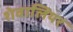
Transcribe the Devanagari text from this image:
शेवालियर